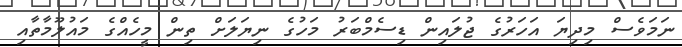
ނަމަވެސް މިދިޔަ އަހަރުގެ ޖުލައިން ޑިސެމްބަރު މަހުގެ ނިޔަލަށް ތިން މީހެއްގެ މައުލޫމާތާއި